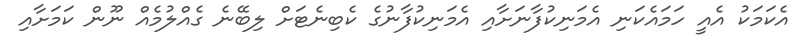
އެކަމަކު އެއީ ހަމައެކަނި އެމަނިކުފާނަށާއި އެމަނިކުފާނުގެ ކެބިނެޓަށް ލިބޭނެ ގެއްލުމެއް ނޫން ކަމަށާއި